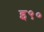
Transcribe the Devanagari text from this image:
इ९०